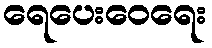
ရေပေးဝေရေး